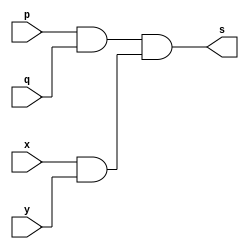
// -------------------------
// Exemplo0008 - AND
// Nome: Guilherme Alves
// -------------------------
// -------------------------
// -- and gate
// -------------------------
module andgate ( output s, 
                           input  p, 
                           input  q,input x,input y);
assign s = (p & q) & (x & y) ;
endmodule // andgate
// ---------------------
// -- test and gate
// ---------------------
module testandgate;
// ------------------------- dados locais
   reg   a, b,c,d; // definir registradores
wire  s;    // definir conexao (fio)
// ------------------------- instancia
   andgate AND1 (s, a, b,c,d);
// ------------------------- preparacao
   initial begin:start
                   // atribuicao simultanea
// dos valores iniciais
      a=0; b=0;c =0; d=0;
   end// ------------------------- parte principal
   initial begin
         $display("Exemplo0008 - guilherme Alves - 450161");
         $display("Test AND gate");
         $display("\na b c d s\n");
           a=0; b=0;c=0;d=0;
  #1   $monitor(a," ",b," ",c," ",d," ", s);
           a=0; b=0;c=0;d=1;
  #1  	  a=0; b=0;c=1;d=0;
           
  #1   	  a=0; b=0;c=1;d=1;
           
  #1       a=0; b=1;c=0;d=0;
           
  #1		  a=0; b=1;c=0;d=1;
    	  
  #1		  a=0; b=1;c=1;d=0;
           
  #1   	  a=0; b=1;c=1;d=1;
          
  #1       a=1; b=0;c=0;d=0;
           
  #1		  a=1; b=0;c=0;d=1;
			  
  #1		  a=1; b=0;c=1;d=0;
           
  #1   	  a=1; b=0;c=1;d=1;
           
  #1      a=1; b=1;c=0;d=0;
           
  #1		  a=1; b=1;c=0;d=1;
    	  
  #1		  a=1; b=1;c=1;d=0;
           
  #1   	  a=1; b=1;c=1;d=1;
           
 
  			  
  end
endmodule // testandgate